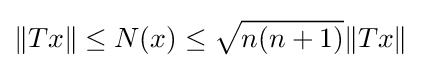
\|Tx\|\leq N(x)\leq {\sqrt {n(n+1)}}\|Tx\|